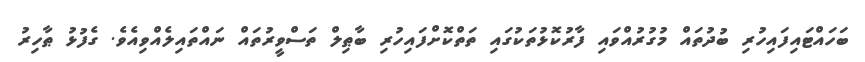
ބަހައްޓައިފައިހުރި ބުދުތައް މުގުރުއްވައި ފާރުކޮޅުތަކުގައި ތަތްކޮށްފައިހުރި ބާޠިލް ތަސްވީރުތައް ނައްތައިލެއްވިއެވެ. ގެފުޅު ޠާހިރު